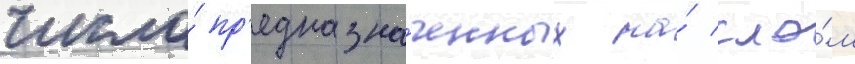
число́ пр'едназна́ченных на́ сло́м